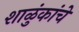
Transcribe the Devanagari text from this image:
शाळुंकांचे